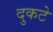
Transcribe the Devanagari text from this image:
दुकटे